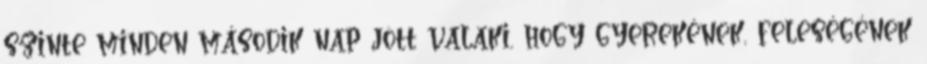
szinte minden második nap jött valaki, hogy gyerekének, feleségének